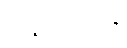
သန္နိဓိကတေန